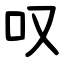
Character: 叹